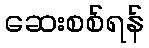
ဆေးစစ်ရန်